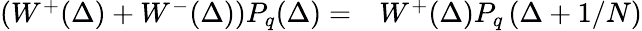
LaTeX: \begin{array}{rl}{\left(W^{+}(\Delta)+W^{-}(\Delta)\right)P_{q}(\Delta)=}&{{}W^{+}(\Delta)P_{q}\left(\Delta+1/N\right)}\end{array}